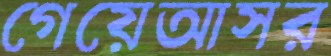
গেয়েআসর